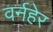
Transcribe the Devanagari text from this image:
वर्नहेर